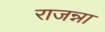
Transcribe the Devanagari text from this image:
राजन्ना